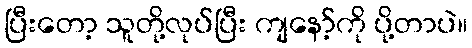
ပြီးတော့ သူတို့လုပ်ပြီး ကျနော့်ကို ပို့တာပဲ။